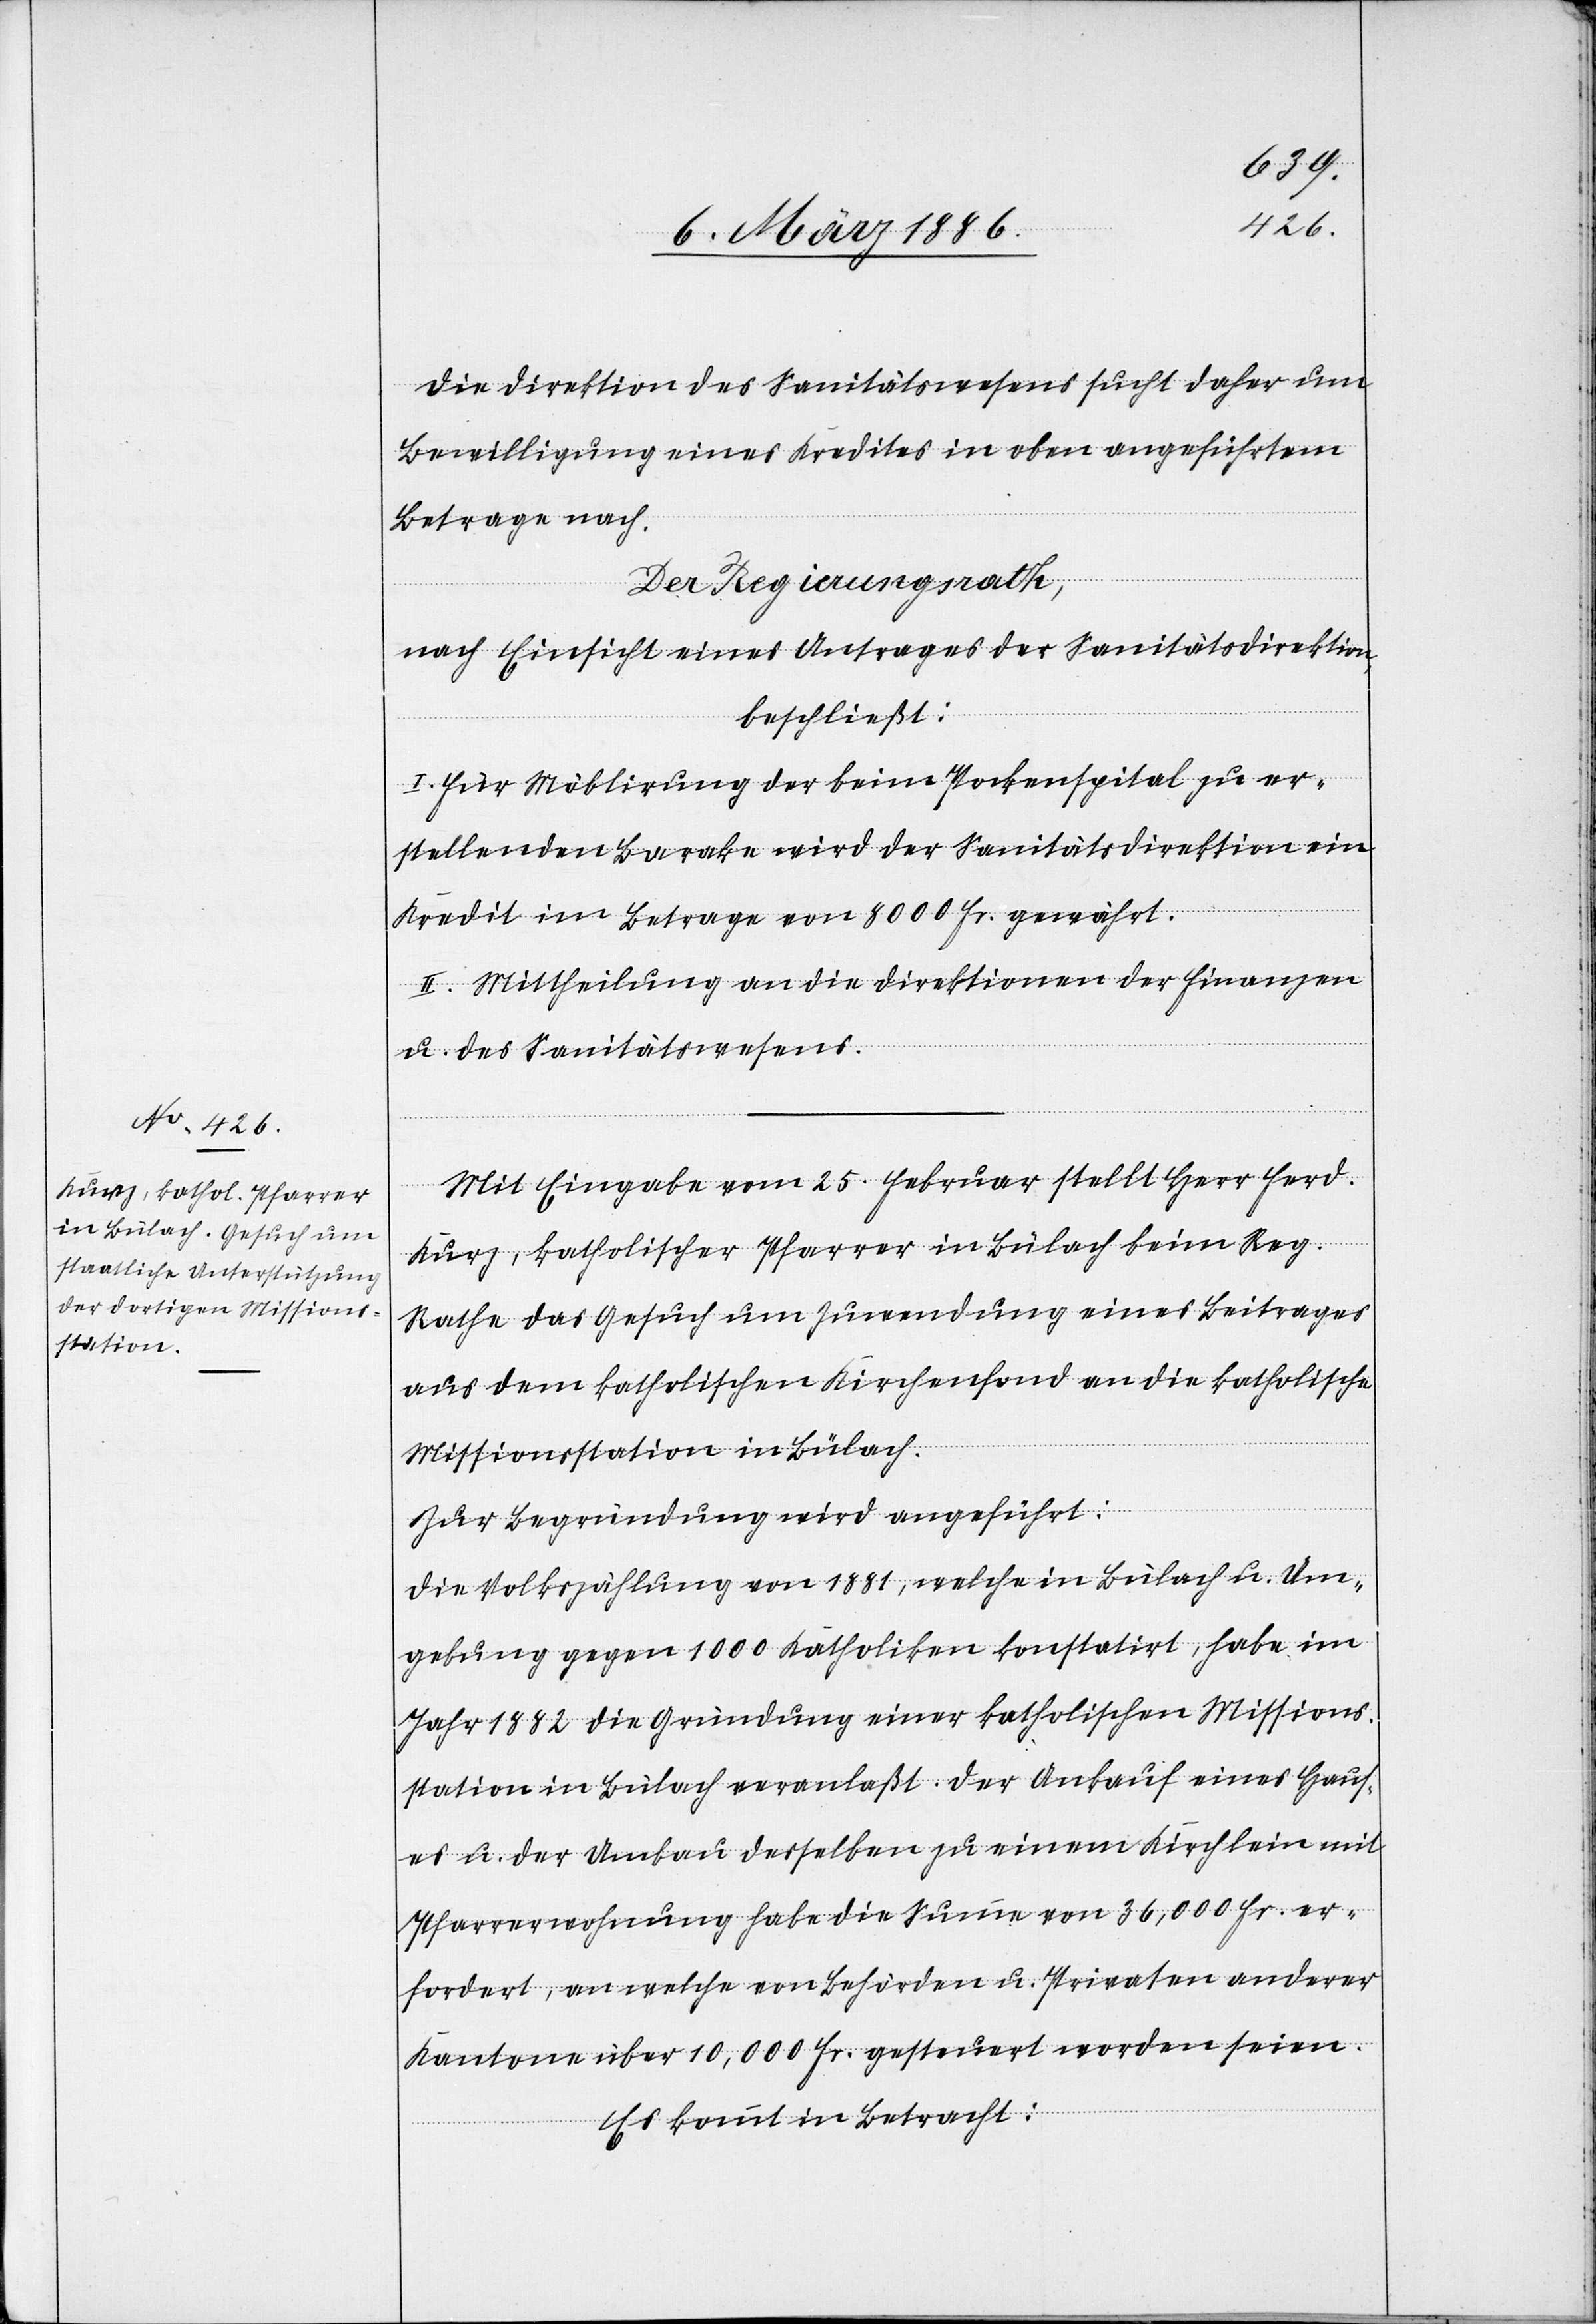
Die Direktion des Sanitätswesens sucht daher um
Bewilligung eines Kredites in oben angeführtem
Betrage nach.
Der Regierungsrath,
nach Einsicht eines Antrages der Sanitätsdirektion,
beschließt:
I. Für Möblirung der beim Pockenspital zu er¬
stellenden Baracke wird der Sanitätsdirektion ein
Kredit im Betrage von 8000 Fr. gewährt.
II. Mittheilung an die Direktionen der Finanzen
u. des Sanitätswesens.
Mit Eingabe vom 25. Februar stellt Herr Ferd.
Kurz, katholischer Pfarrer in Bülach beim Reg.
Rathe das Gesuch um Zuwendung eines Beitrages
aus dem katholischen Kirchenfond an die katholische
Missionsstation in Bülach.
Zur Begründung wird angeführt:
Die Volkszählung von 1881, welche in Bülach u. Um¬
gebung gegen 1000 Katholiken konstatirt, habe im
Jahr 1882 die Gründung einer katholischen Missions¬
station in Bülach veranlaßt. Der Ankauf eines Haus¬
es u. der Umbau desselben zu einem Kirchlein mit
Pfarrwohnung habe die Summe von 36,000 Fr. er¬
fordert, an welche von Behörden u. Privaten anderer
Kantone über 10,000 Fr. gesteuert worden seien.
Es kommt in Betracht: